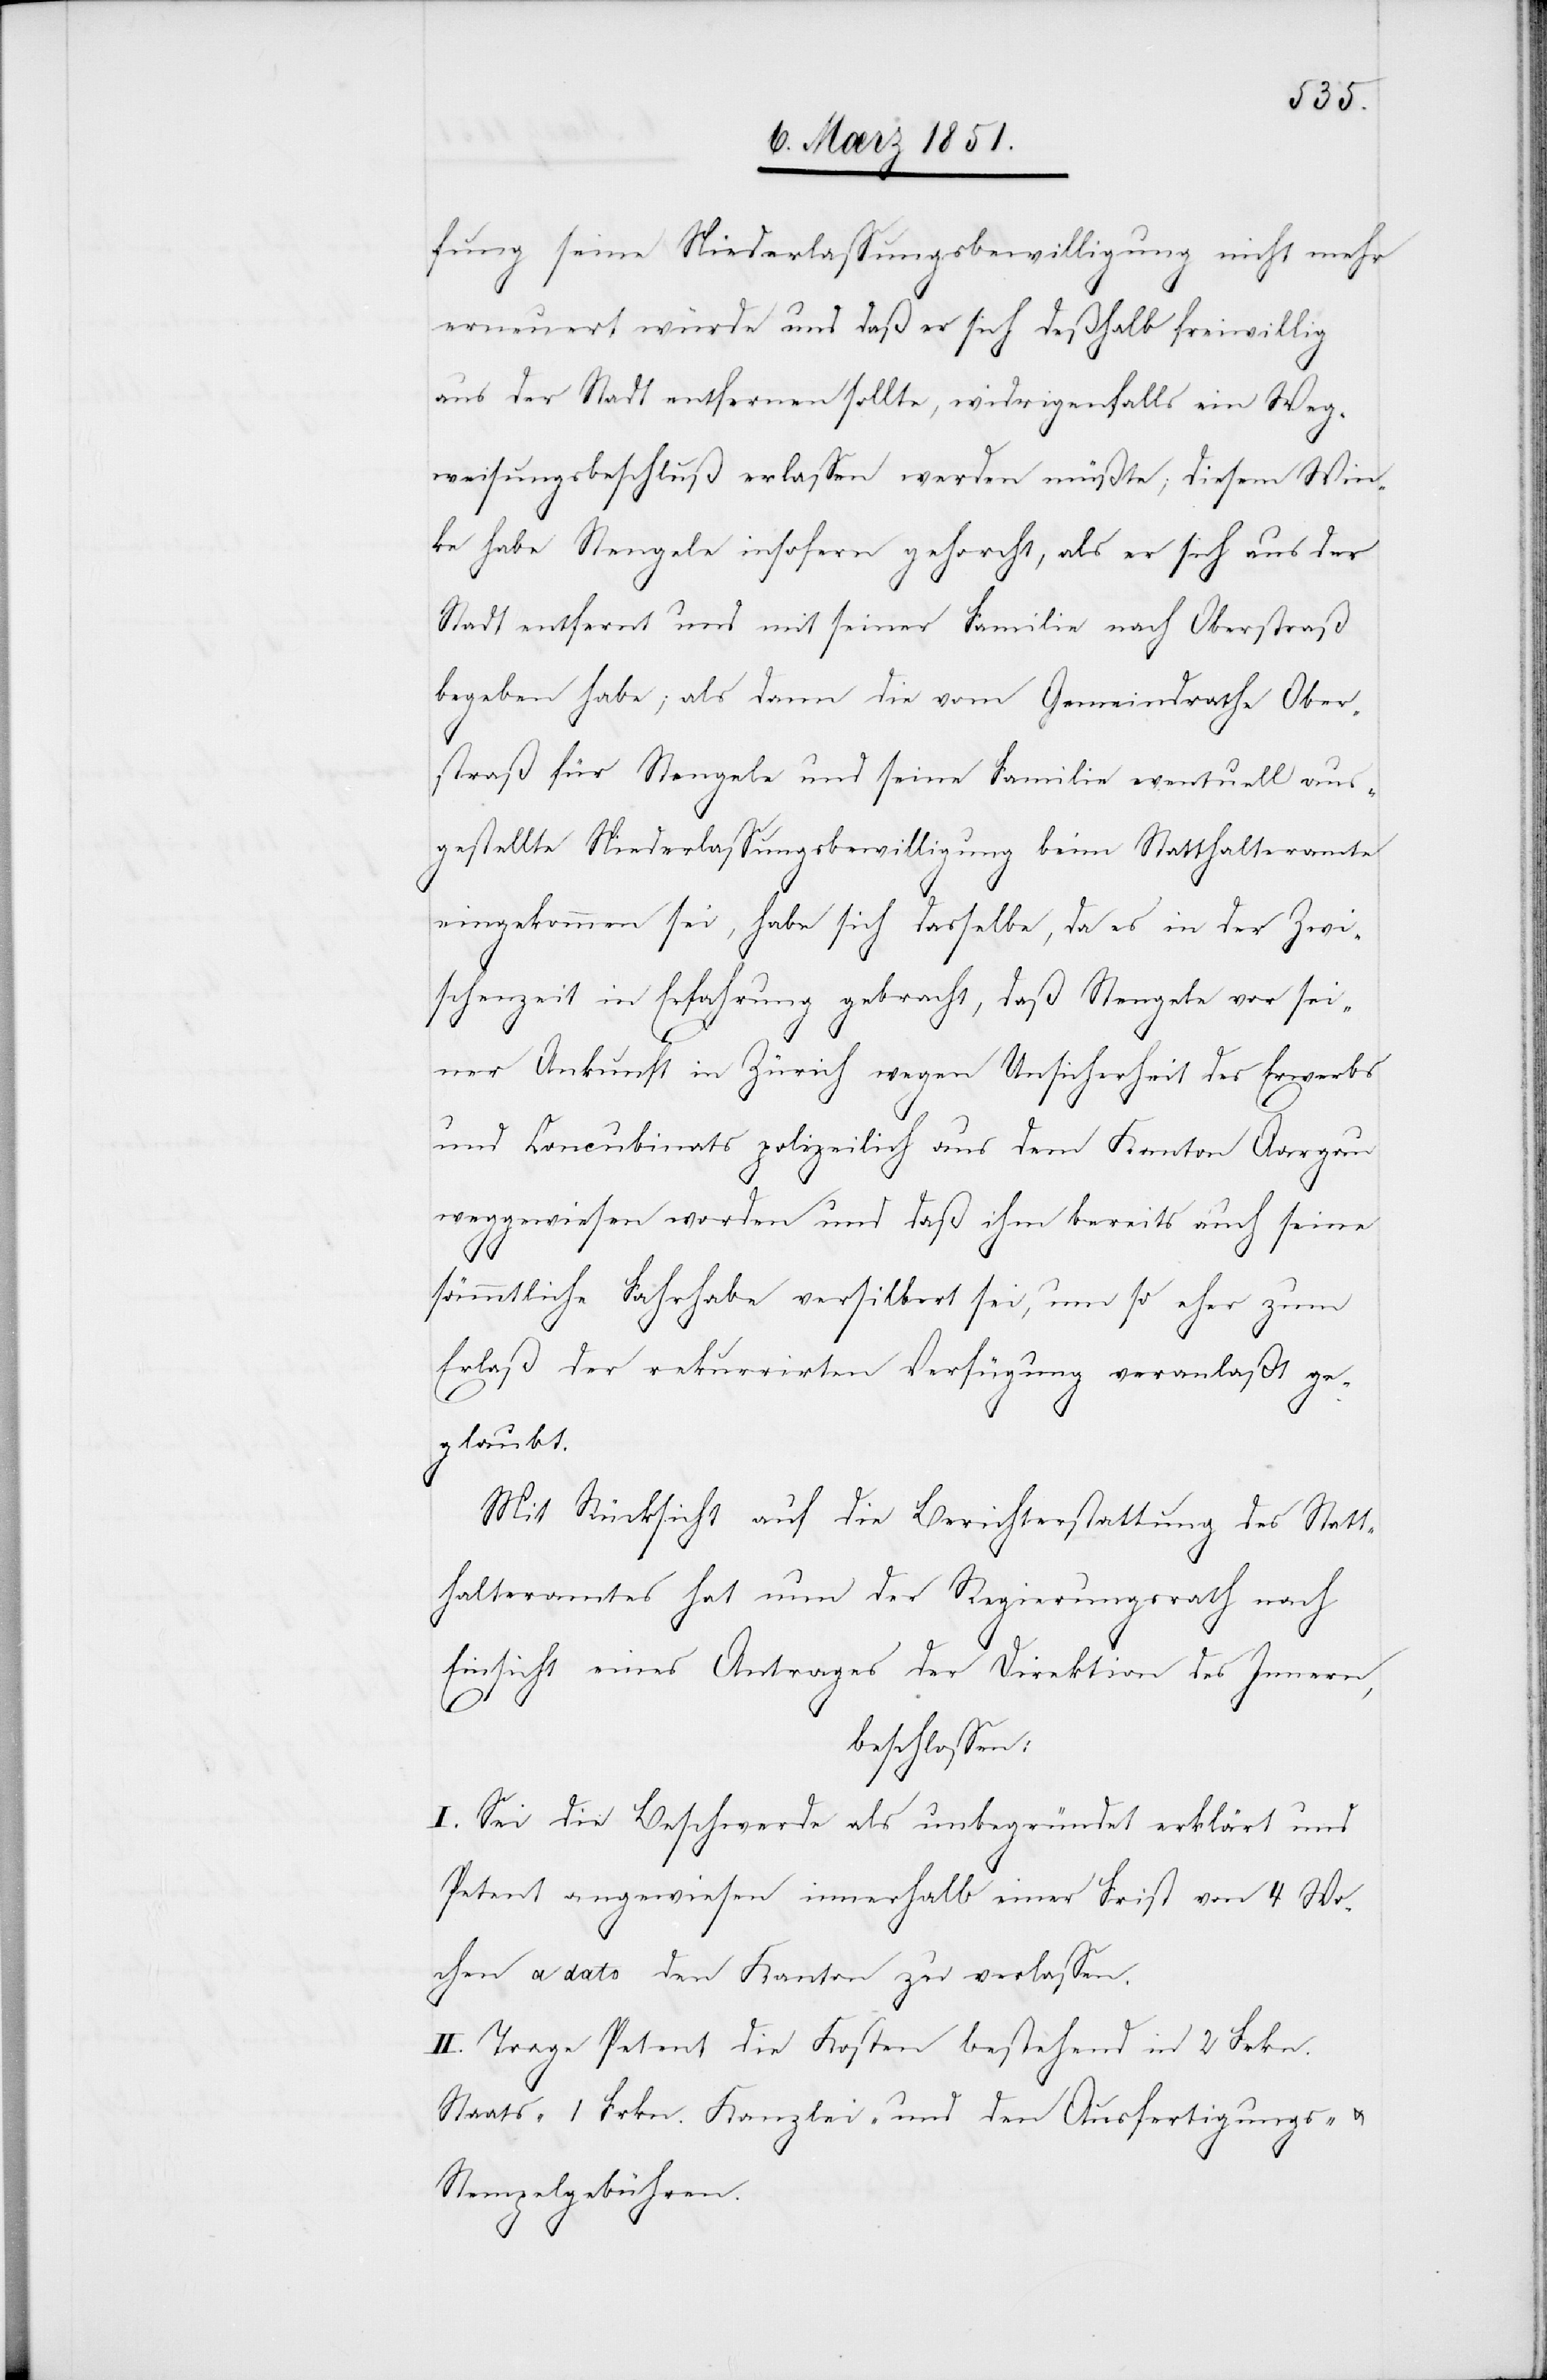
fung seine Niederlassungsbewilligung nicht meh¬
r
erneuert würde und daß er sich deßhalb freiwillig
aus der Stadt entfernen sollte, widrigenfalls ein Weg¬
weisungsbeschluß erlassen werden müßte; diesem Win¬
ke habe Stengele insofern gehorcht, als er sich aus der
Stadt entfernt und mit seiner Familie nach Oberstraß
begeben habe; als dann die vom Gemeindrathe Ober¬
straß für Stengele und seine Familie eventuell aus¬
gestellte Niederlassungsbewilligung beim Statthalteramte
eingekommen sei, habe sich dasselbe, da es in der Zwi¬
schenzeit in Erfahrung gebracht, daß Stengele vor sei¬
ner Ankunft in Zürich wegen Unsicherheit des Erwerbs
und Concubinats polizeilich aus dem Kanton Aargau
weggewiesen worden und daß ihm bereits auch seine
sämmtliche Fahrhabe versilbert sei, um so eher zum
Erlaß der rekurrirten Verfügung veranlaßt ge¬
glaubt.
Mit Rücksicht auf die Berichterstattung des Statt¬
halteramtes hat nun der Regierungsrath nach
Einsicht eines Antrages der Direktion des Innern,
beschlossen:
I. Sei die Beschwerde als unbegründet erklärt und
Petent angewiesen innerhalb einer Frist von 4 Wo¬
chen a dato den Kanton zu verlassen.
II. Trage Petent die Kosten bestehend in 2 Frkn.
Staats-[,] 1 Frkn. Kanzlei- und den Ausfertigungs- u.
Stempelgebühren.